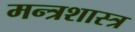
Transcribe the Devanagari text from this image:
मन्त्रशास्त्र